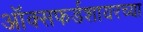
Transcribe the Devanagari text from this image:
ऑक्सफर्डशायरच्या